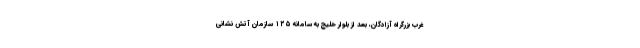
غرب بزرگراه آزادگان، بعد از بلوار خلیج به سامانه ۱۲۵ سازمان آتش نشانی